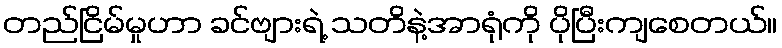
တည်ငြိမ်မှုဟာ ခင်ဗျားရဲ့ သတိနဲ့အာရုံကို ပိုပြီးကျစေတယ်။